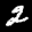
Label: 2